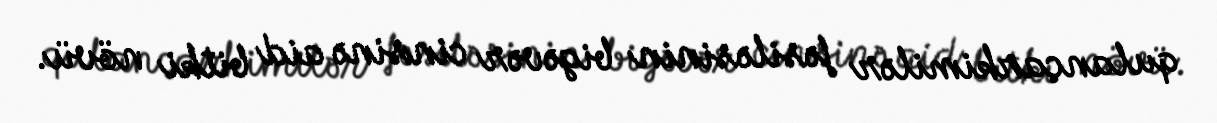
qulançarkimilər fəsiləsinin bigəvər cinsinə aid bitki növü.